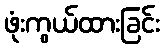
ဖုံးကွယ်ထားခြင်း